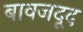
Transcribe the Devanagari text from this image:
बावजदूद